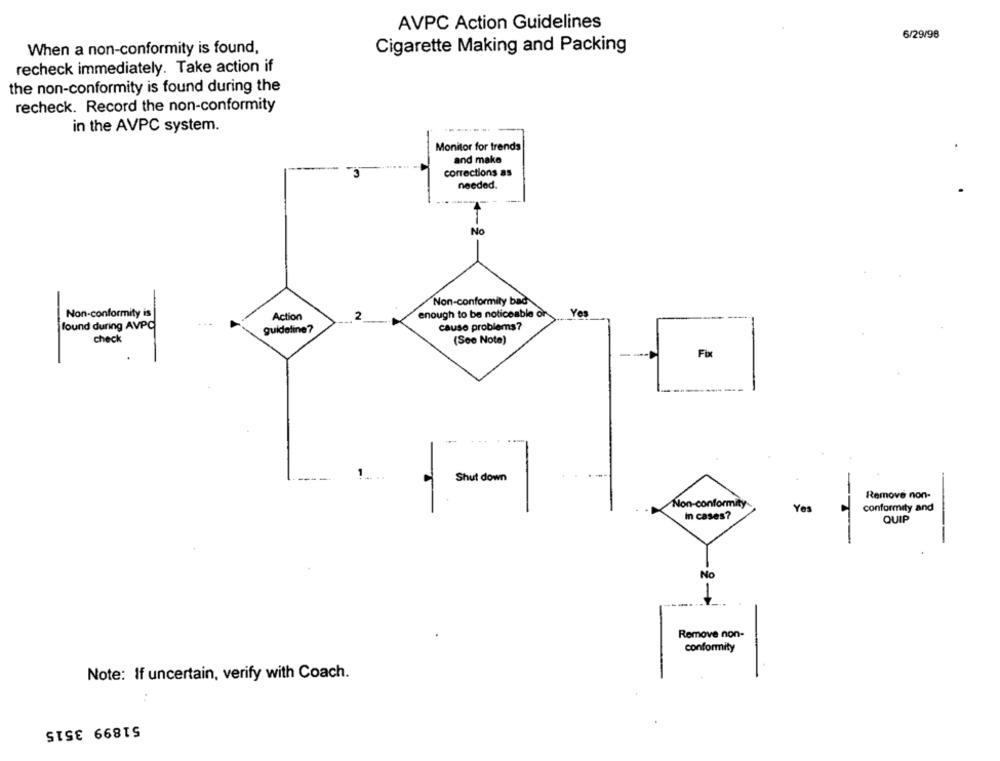
AVPC Action Guidelines
6/29/98
When a non-conformity is found,
Cigarette Making and Packing
recheck immediately. Take action if
the non-conformity is found during the
recheck. Record the non-conformity
in the AVPC system.
Monitor for trends
and make
corrections as
needed.
No
Non-conformity bad
enough to be noticeable or
Yes
Non-conformity is
Action
2
found during AVPC
cause problems?
guideline?
check
(Seo Note)
Remove non-
Non-conformity
Yes
conformity and
In cases?
QUIP
No
1
Remove non-
conformity
Note: If uncertain, verify with Coach.
..
51899 3515